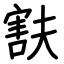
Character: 㝬